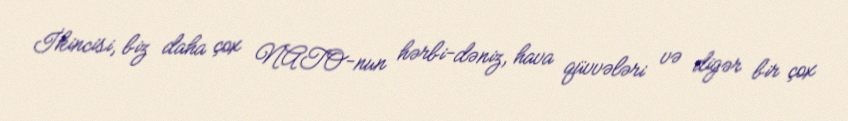
İkincisi, biz daha çox NATO-nun hərbi-dəniz, hava qüvvələri və digər bir çox